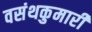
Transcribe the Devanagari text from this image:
वसंथकुमारी